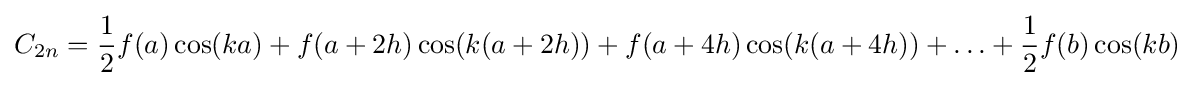
C_{2n}={\frac {1}{2}}f(a)\cos(ka)+f(a+2h)\cos(k(a+2h))+f(a+4h)\cos(k(a+4h))+\ldots +{\frac {1}{2}}f(b)\cos(kb)